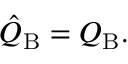
\hat { Q } _ { \mathrm { B } } = Q _ { \mathrm { B } } .